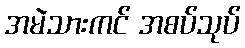
အမဲသားကင် အစပ်သုပ်